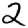
Digit: 2